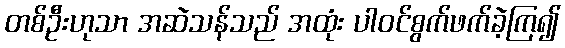
တစ်ဦးဟုသာ အဆဲသန်သည် အထုံး ပါဝင်စွက်ဖက်ခဲ့ကြ၍